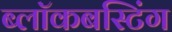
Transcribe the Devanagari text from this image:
ब्लॉकबस्टिंग